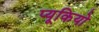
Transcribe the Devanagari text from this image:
प्यूकियो